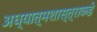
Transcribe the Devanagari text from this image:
अध्यात्मशास्त्राकडे